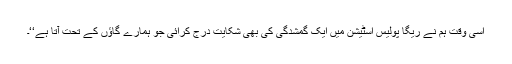
اسی وقت ہم نے ریگا پولیس اسٹیشن میں ایک گمشدگی کی بھی شکایت درج کرائی جو ہمارے گاؤں کے تحت آتا ہے‘‘۔